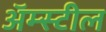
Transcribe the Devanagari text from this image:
अॅम्स्टील